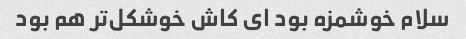
سلام خوشمزه بود ای کاش خوشکل‌تر هم بود